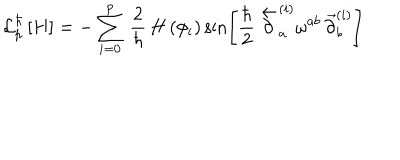
LaTeX: { \cal L } _ { p } ^ { \hbar } \left[ H \right] = - \sum _ { i = 0 } ^ { p } \, \frac { 2 } { \hbar } \, H \left( \phi _ { i } \right) \sin \left[ \frac { \hbar } { 2 } \, \stackrel { \leftarrow } { \partial } _ { a } ^ { ( i ) } \omega ^ { a b } \, \stackrel { \rightarrow } { \partial } _ { b } ^ { ( i ) } \right]